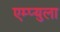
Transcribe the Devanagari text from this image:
एम्प्युला